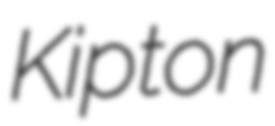
Kipton